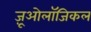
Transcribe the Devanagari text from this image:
ज़ूओलॉजिकल